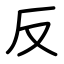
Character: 反